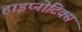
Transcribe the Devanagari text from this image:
हाइप्नोटिक्स